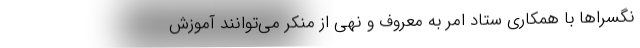
نگسراها با همکاری ستاد امر به معروف و نهی از منکر می‌توانند آموزش